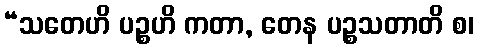
“သတေဟိ ပဉ္စဟိ ကတာ, တေန ပဉ္စသတာတိ စ၊